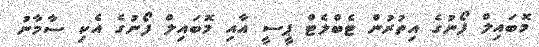
މޮބައިލް ފޯނުގެ އިތުރުން ޓެބްލެޓް ޕީސީ އާއި މޮބައިލް ފޯނުގެ އެކި ސާމާނު